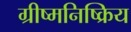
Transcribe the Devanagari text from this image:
ग्रीष्मनिष्क्रिय